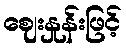
ဈေးနှုန်းဖြင့်